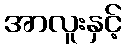
အာလူးနှင့်